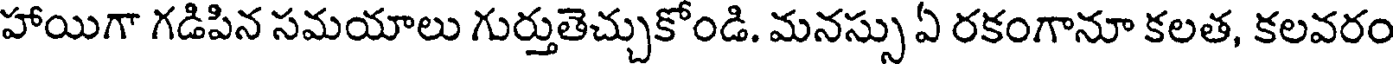
హాయిగా గడిపిన సమయాలు గుర్తుతెచ్చుకోండి. మనస్సు ఏ రకంగానూ కలత, కలవరం